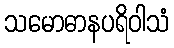
သမောဓာနပရိဝါသံ